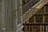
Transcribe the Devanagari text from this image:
अधिकारजन्य